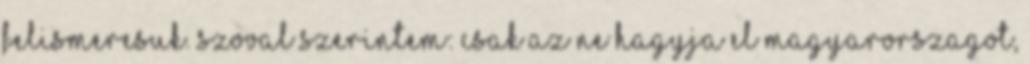
felismeresuk. szoval szerintem: CSAK AZ NE HAGYJA EL Magyarorszagot,